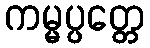
ကမ္မပ္ပတ္တေ